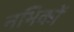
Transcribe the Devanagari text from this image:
नभिकों